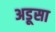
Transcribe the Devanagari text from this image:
अडूसा